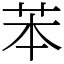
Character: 苯